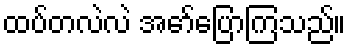
ထပ်တလဲလဲ အော်ပြောကြသည်။